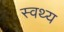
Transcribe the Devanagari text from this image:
स्वथ्य